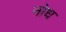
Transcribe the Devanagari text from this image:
नोध